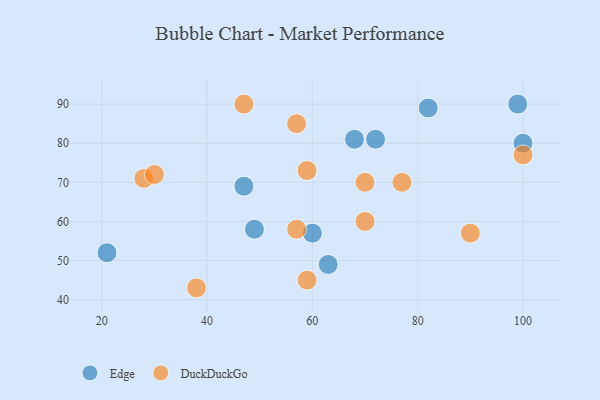
{"axis": {"x": "GDP", "y": "Life Expectancy"}, "legend": ["DuckDuckGo", "Edge"], "data": [{"x": "47", "y": 69, "type": "Edge"}, {"x": "63", "y": 49, "type": "Edge"}, {"x": "99", "y": 90, "type": "Edge"}, {"x": "49", "y": 58, "type": "Edge"}, {"x": "72", "y": 81, "type": "Edge"}, {"x": "68", "y": 81, "type": "Edge"}, {"x": "21", "y": 52, "type": "Edge"}, {"x": "100", "y": 80, "type": "Edge"}, {"x": "82", "y": 89, "type": "Edge"}, {"x": "60", "y": 57, "type": "Edge"}, {"x": "28", "y": 71, "type": "DuckDuckGo"}, {"x": "70", "y": 70, "type": "DuckDuckGo"}, {"x": "57", "y": 58, "type": "DuckDuckGo"}, {"x": "30", "y": 72, "type": "DuckDuckGo"}, {"x": "59", "y": 73, "type": "DuckDuckGo"}, {"x": "77", "y": 70, "type": "DuckDuckGo"}, {"x": "59", "y": 45, "type": "DuckDuckGo"}, {"x": "57", "y": 85, "type": "DuckDuckGo"}, {"x": "38", "y": 43, "type": "DuckDuckGo"}, {"x": "47", "y": 90, "type": "DuckDuckGo"}, {"x": "90", "y": 57, "type": "DuckDuckGo"}, {"x": "100", "y": 77, "type": "DuckDuckGo"}, {"x": "70", "y": 60, "type": "DuckDuckGo"}]}